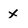
Character: x